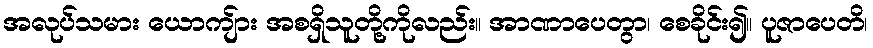
အလုပ်သမား ယောကျ်ား အစရှိသူတို့ကိုလည်း။ အာဏာပေတွာ၊ စေခိုင်း၍။ ပူဇာပေတိ၊